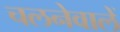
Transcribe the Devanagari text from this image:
चलनेवालें